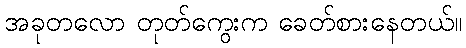
အခုတလော တုတ်ကွေးက ခေတ်စားနေတယ်။